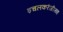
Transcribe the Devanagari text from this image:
इचलकरंजीसह